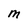
Character: M